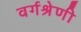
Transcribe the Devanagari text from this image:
वर्गश्रेणी